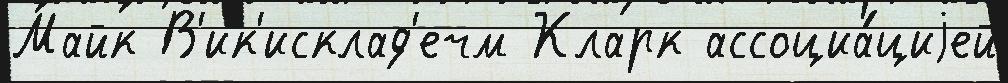
Майк В'ик'исклад'ечм Кларк ассоциа́циjей